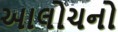
આલોચનો